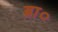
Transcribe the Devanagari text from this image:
ब्रा०